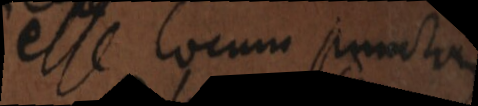
esse locum puncta